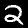
Label: 2